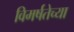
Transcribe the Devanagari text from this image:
विमर्षतेच्या